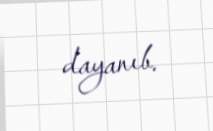
dayanıb.